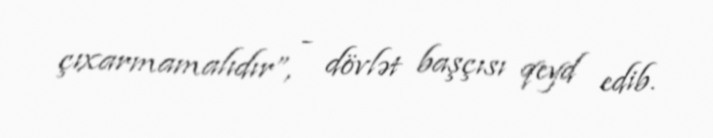
çıxarmamalıdır”, - dövlət başçısı qeyd edib.